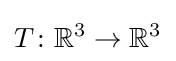
T\colon \mathbb {R} ^{3}\to \mathbb {R} ^{3}